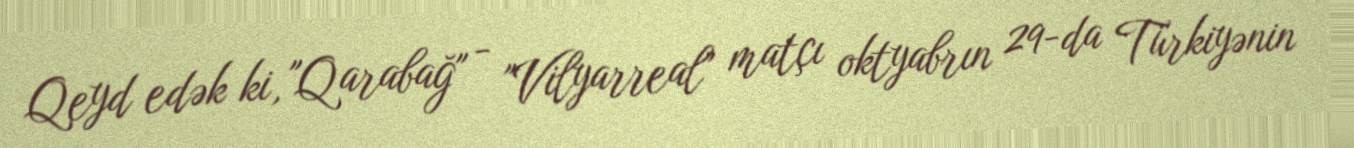
Qeyd edək ki, "Qarabağ" - "Vilyarreal" matçı oktyabrın 29-da Türkiyənin